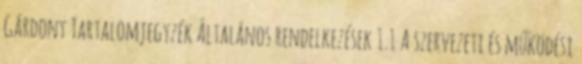
Gárdony Tartalomjegyzék Általános rendelkezések 1.1 A szervezeti és működési